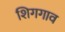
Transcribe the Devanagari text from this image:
शिगगाव